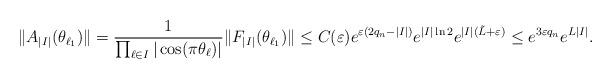
LaTeX: \begin{align*}\|A_{|I|}(\theta_{\ell_1})\|=\frac{1}{\prod_{\ell\in I} |\cos(\pi\theta_{\ell})|} \|F_{|I|}(\theta_{\ell_1})\|\leq C(\varepsilon) e^{\varepsilon (2q_n-|I|)} e^{|I| \ln 2} e^{|I| (\tilde{L}+\varepsilon)}\leq e^{3\varepsilon q_n} e^{L |I|}.\end{align*}